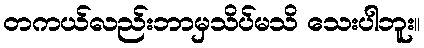
တကယ်လည်းဘာမှသိပ်မသိ သေးပါဘူး။